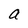
Character: a